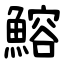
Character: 鰫